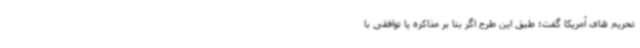
تحریم های آمریکا گفت: طبق این طرح اگر بنا بر مذاکره یا توافقی با